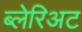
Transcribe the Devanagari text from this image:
ब्लेरिअट